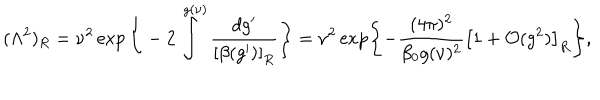
LaTeX: ( \Lambda ^ { 2 } ) _ { R } = \nu ^ { 2 } \exp \Bigg \{ - 2 \int ^ { g ( \nu ) } \frac { d g ^ { \prime } } { \left[ \beta ( g ^ { \prime } ) \right] _ { R } } \Bigg \} = \nu ^ { 2 } \exp \left\{ - \frac { ( 4 \pi ) ^ { 2 } } { \beta _ { 0 } g ( \nu ) ^ { 2 } } \left[ 1 + { \cal O } ( g ^ { 2 } ) \right] _ { R } \right\} ,